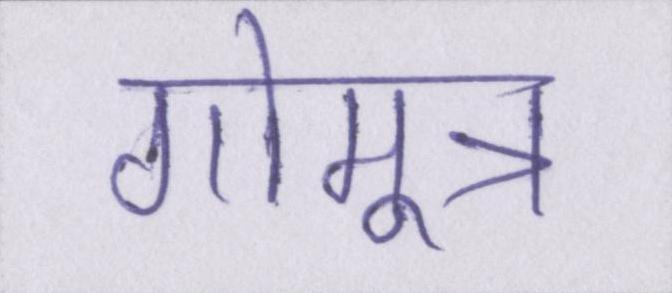
गोमूत्र